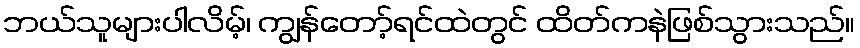
ဘယ်သူများပါလိမ့်၊ ကျွန်တော့်ရင်ထဲတွင် ထိတ်ကနဲဖြစ်သွားသည်။